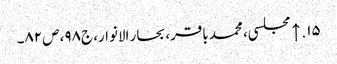
۱۵. ↑ مجلسی، محمد باقر، بحار الانوار، ج‌۹۸، ص‌۸۲۔